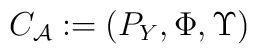
{{C}_{\cal A}} : =( P_Y,  \Phi, \Upsilon )